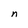
Character: n